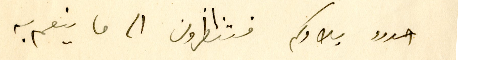
حدود بلادكم فتنظرون الى ما ينعم به